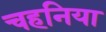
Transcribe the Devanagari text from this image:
चहनिया